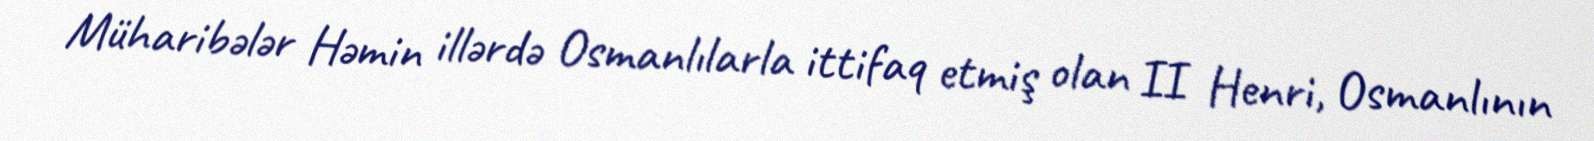
Müharibələr Həmin illərdə Osmanlılarla ittifaq etmiş olan II Henri, Osmanlının